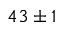
4 3 \pm 1